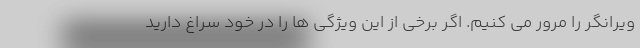
ویرانگر را مرور می کنیم. اگر برخی از این ویژگی ها را در خود سراغ دارید